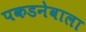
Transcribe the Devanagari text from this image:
पकडनेवाला